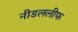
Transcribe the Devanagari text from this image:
नीडललीफ